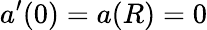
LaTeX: a^{\prime}(0)=a(R)=0